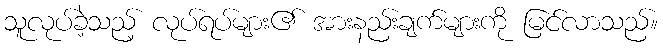
သူလုပ်ခဲ့သည့် လုပ်ရပ်များ၏ အားနည်းချက်များကို မြင်လာသည်။